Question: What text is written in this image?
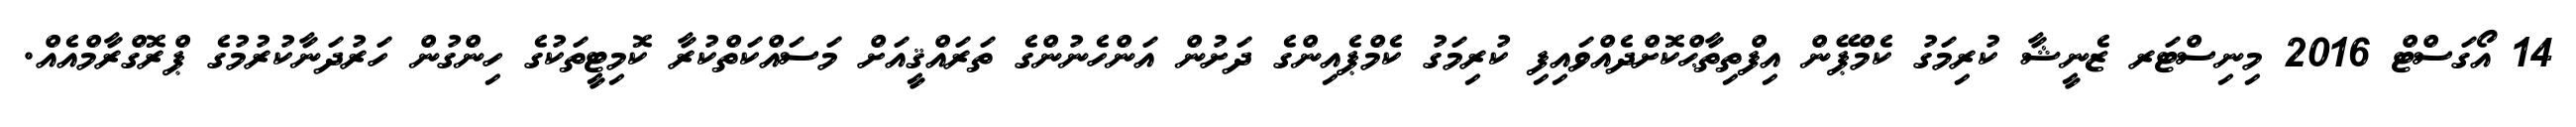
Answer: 14 އޯގަސްޓް 2016 މިނިސްޓަރ ޒެނީޝާ ކުރިމަގު ކެމްޕޭން އިފްތިތާޙްކޮށްދެއްވައިފި ކުރިމަގު ކެމްޕެއިންގެ ދަށުން އަންހެނުންގެ ތަރައްޤީއަށް މަސައްކަތްކުރާ ކޮމިޓީތަކުގެ ހިންގުން ހަރުދަނާކުރުމުގެ ޕްރޮގްރާމްއެއް.